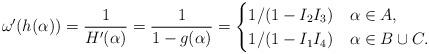
LaTeX: \begin{align*}\omega^{\prime}(h(\alpha))=\frac{1}{H^{\prime}(\alpha)}=\frac{1}{1-g(\alpha)}=\begin{cases}1/(1-I_{2}I_{3}) & \alpha\in A, \\1/(1-I_{1}I_{4}) & \alpha\in B\cup C.\end{cases}\end{align*}